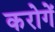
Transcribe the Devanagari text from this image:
करोगें